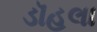
ડૉહલા